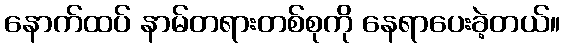
နောက်ထပ် နာမ်တရားတစ်စုကို နေရာပေးခဲ့တယ်။